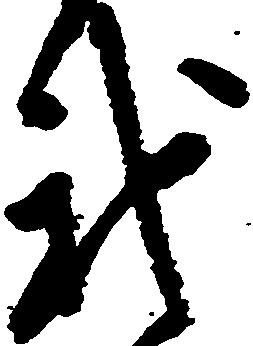
我